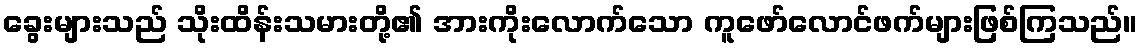
ခွေးများသည် သိုးထိန်းသမားတို့၏ အားကိုးလောက်သော ကူဖော်လောင်ဖက်များဖြစ်ကြသည်။